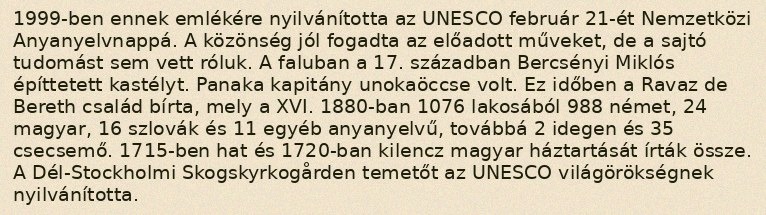
1999-ben ennek emlékére nyilvánította az UNESCO február 21-ét Nemzetközi Anyanyelvnappá. A közönség jól fogadta az előadott műveket, de a sajtó tudomást sem vett róluk. A faluban a 17. században Bercsényi Miklós építtetett kastélyt. Panaka kapitány unokaöccse volt. Ez időben a Ravaz de Bereth család bírta, mely a XVI. 1880-ban 1076 lakosából 988 német, 24 magyar, 16 szlovák és 11 egyéb anyanyelvű, továbbá 2 idegen és 35 csecsemő. 1715-ben hat és 1720-ban kilencz magyar háztartását írták össze. A Dél-Stockholmi Skogskyrkogården temetőt az UNESCO világörökségnek nyilvánította.